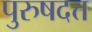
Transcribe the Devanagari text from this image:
पुरुषदत्त